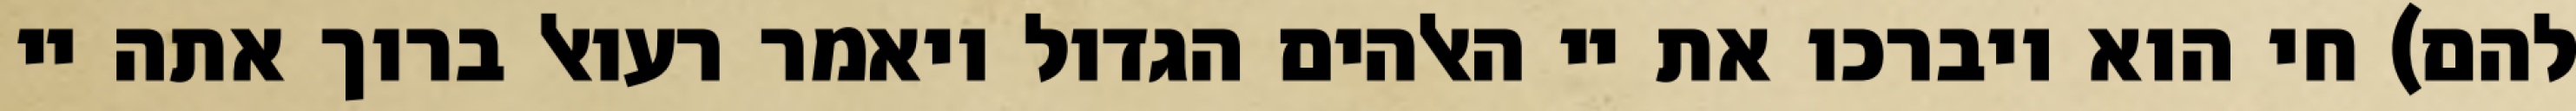
להם) חי הוא ויברכו את יי האלהים הגדול ויאמר רעואל ברוך אתה יי